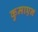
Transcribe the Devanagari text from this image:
कुमाएन